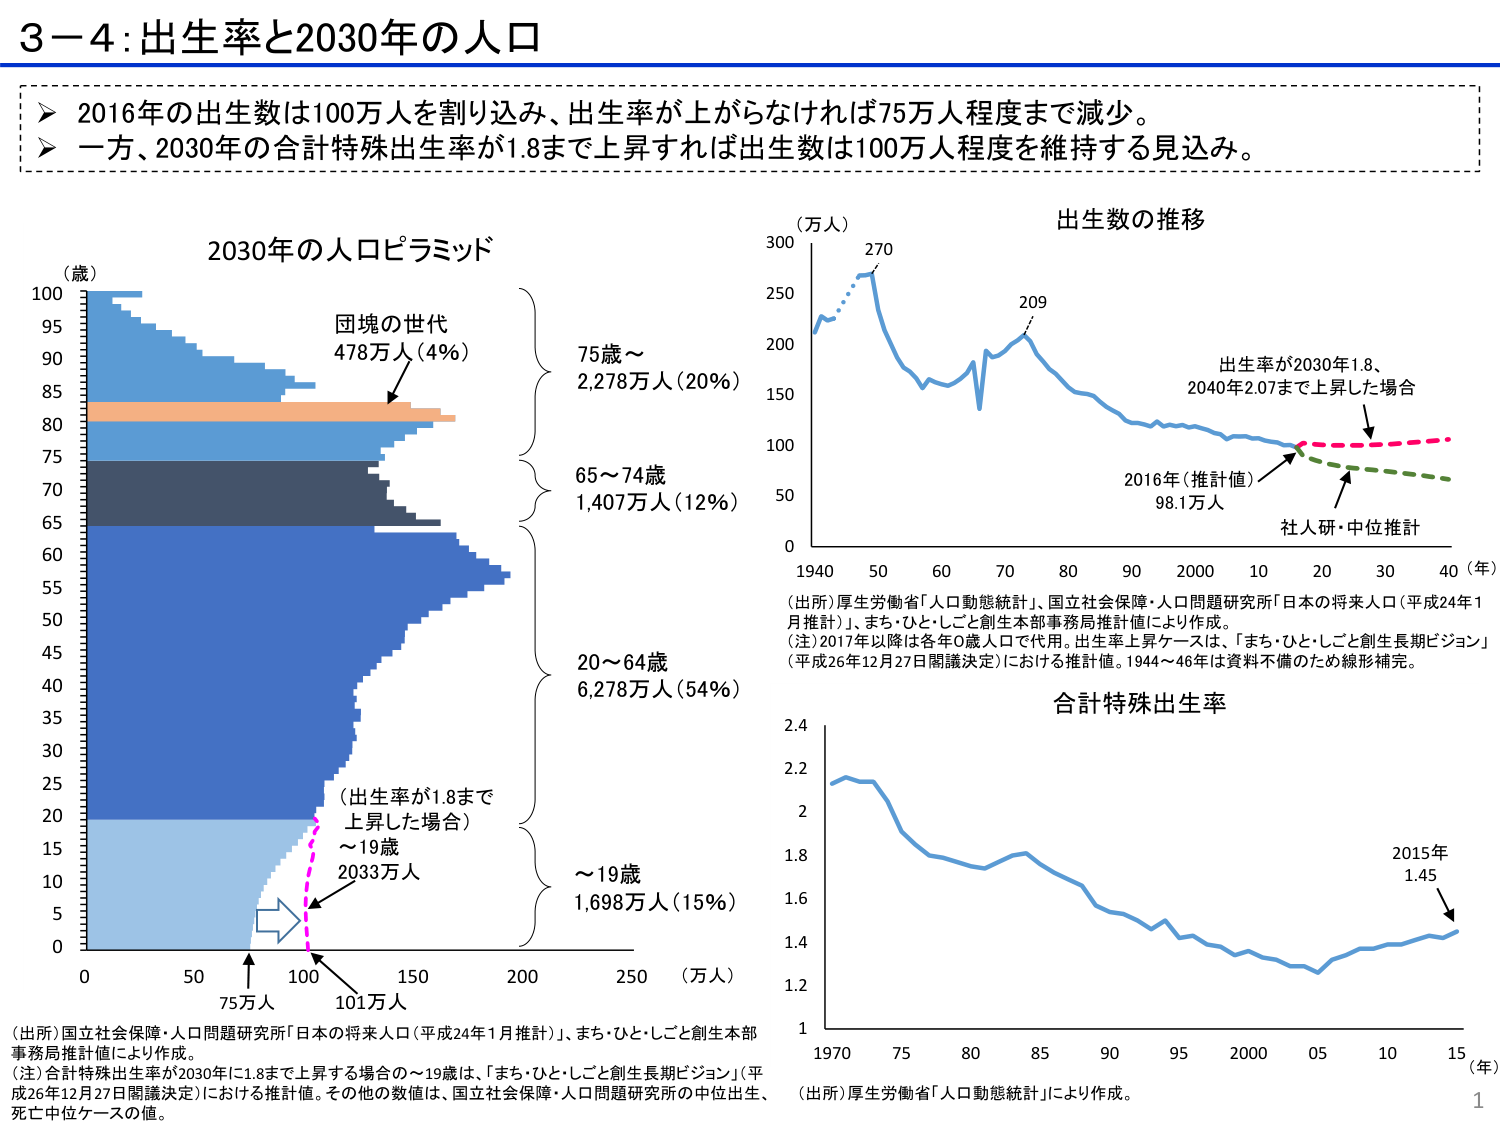
3－4：出生率と2030年の人口

➤ 2016年の出生数は100万人を割り込み、出生率が上がらなければ75万人程度まで減少。
➤ 一方、2030年の合計特殊出生率が1.8まで上昇すれば出生数は100万人程度を維持する見込み。

2030年の人口ピラミッド
（歳）
100
95
90
85
80
75
70
65
60
55
50
45
40
35
30
25
20
15
10
5
0

団塊の世代
478万人（4%）

75歳～
2,278万人（20%）

65～74歳
1,407万人（12%）

20～64歳
6,278万人（54%）

（出生率が1.8まで
上昇した場合）
～19歳
2033万人

～19歳
1,698万人（15%）

0 50 100 150 200 250 （万人）
75万人
101万人

（出所）国立社会保障・人口問題研究所「日本の将来人口（平成24年1月推計）」、まち・ひと・しごと創生本部
事務局推計値により作成。
（注）合計特殊出生率が2030年に1.8まで上昇する場合の～19歳は、「まち・ひと・しごと創生長期ビジョン」（平
成26年12月27日閣議決定）における推計値。その他の数値は、国立社会保障・人口問題研究所の中位出生、
死亡中位ケースの値。

出生数の推移
（万人）
300
270
250
209
200
150
100
50
0
1940 50 60 70 80 90 2000 10 20 30 40 （年）

出生率が2030年1.8、
2040年2.07まで上昇した場合

2016年（推計値）
98.1万人

社人研・中位推計

（出所）厚生労働省「人口動態統計」、国立社会保障・人口問題研究所「日本の将来人口（平成24年1
月推計）」、まち・ひと・しごと創生本部事務局推計値により作成。
（注）2017年以降は各年0歳人口で代用。出生率上昇ケースは、「まち・ひと・しごと創生長期ビジョン」
（平成26年12月27日閣議決定）における推計値。1944～46年は資料不備のため線形補完。

合計特殊出生率
2.4
2.2
2.0
1.8
1.6
1.4
1.2
1
1970 75 80 85 90 95 2000 05 10 15 （年）

2015年
1.45

（出所）厚生労働省「人口動態統計」により作成。

1